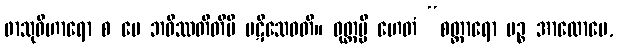
ဖာသုဝိဟာရော စ မေ ဘဝိဿတီတိပိ ပဋိသေဝတိ။ ဝုတ္တမ္ပိ ဟေတံ “စတ္တာရော ပဉ္စ အာလောပေ,